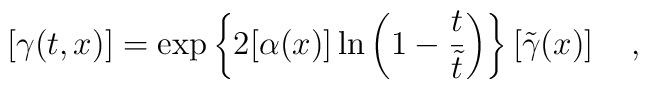
\left[ \gamma(t,x) \right] =\exp \left\{2[\alpha(x)]\ln \left(1-\frac{t}{\tilde{t}} \right) \right\} \left[ \tilde{\gamma}(x) \right] ~~~,